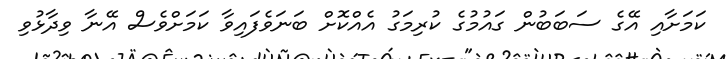
ކަމަށާއި އޭގެ ސަބަބުން ގައުމުގެ ކުރިމަގު އެއްކޮށް ބަނަވެފައިވާ ކަމަށްވެސް އޭނާ ވިދާޅުވި